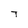
Character: T